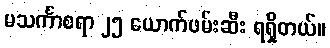
မသင်္ကာစရာ ၂၅ ယောက်ဖမ်းဆီး ရရှိတယ်။